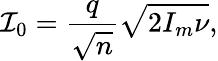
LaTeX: \mathcal{I}_{0}=\frac{q}{\sqrt{n}}\sqrt{2I_{m}\nu},